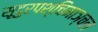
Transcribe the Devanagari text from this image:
सूदुरपश्चिमाञ्चल